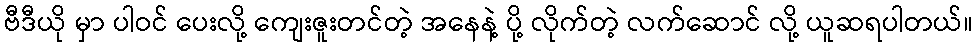
ဗီဒီယို မှာ ပါဝင် ပေးလို့ ကျေးဇူးတင်တဲ့ အနေနဲ့ ပို့ လိုက်တဲ့ လက်ဆောင် လို့ ယူဆရပါတယ်။